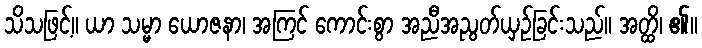
သိသဖြင့်။ ယာ သမ္မာ ယောဇနာ၊ အကြင် ကောင်းစွာ အညီအညွတ်ယှဉ်ခြင်းသည်။ အတ္ထိ၊ ၏။